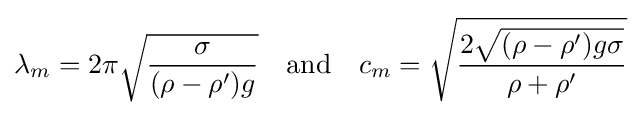
\lambda _{m}=2\pi {\sqrt {\frac {\sigma }{(\rho -\rho ')g}}}\quad {\text{and}}\quad c_{m}={\sqrt {\frac {2{\sqrt {(\rho -\rho ')g\sigma }}}{\rho +\rho '}}}